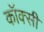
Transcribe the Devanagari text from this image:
कॉक्सी